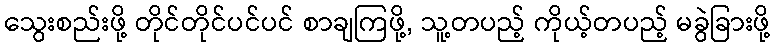
သွေးစည်းဖို့ တိုင်တိုင်ပင်ပင် စာချကြဖို့, သူ့တပည့် ကိုယ့်တပည့် မခွဲခြားဖို့